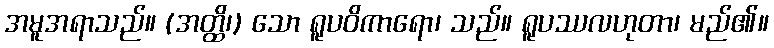
အမူအရာသည်။ (အတ္ထိ၊) သော ရူပဝိကာရော၊ သည်။ ရူပဿလဟုတာ၊ မည်၏။